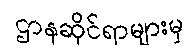
ဌာနဆိုင်ရာများမှ